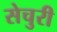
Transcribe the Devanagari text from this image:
सेचुरी